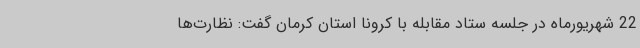
22 شهریورماه در جلسه ستاد مقابله با کرونا استان کرمان گفت: نظارت‌ها